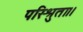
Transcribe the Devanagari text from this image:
परिश्रुता।।